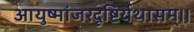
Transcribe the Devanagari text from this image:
आयुष्मांजरदृष्टिर्यथासम्।।